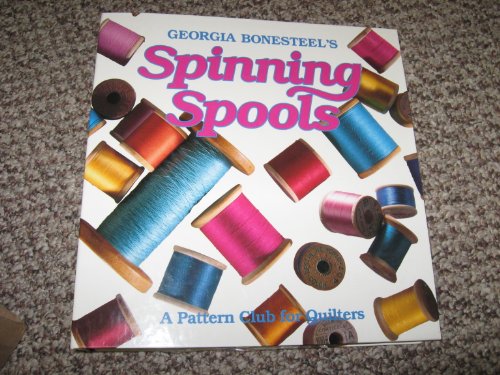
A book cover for Spinning Spools; Georgia Bonesteel; Crafts, Hobbies & Home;